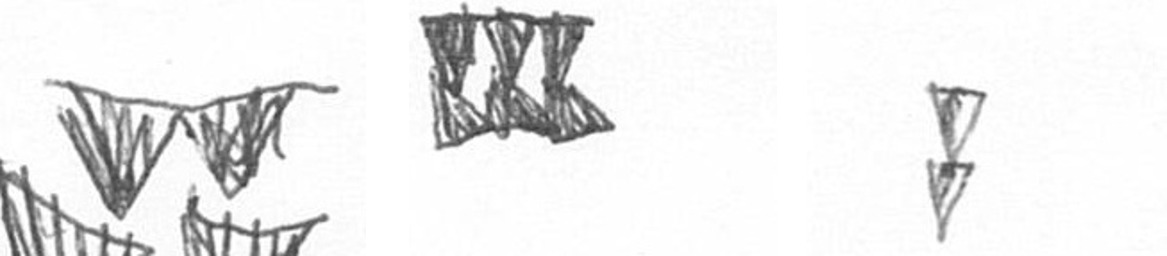
B D Z